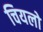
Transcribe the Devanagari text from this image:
चियलो